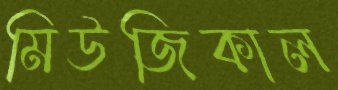
মিউজিকাল